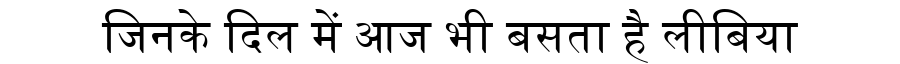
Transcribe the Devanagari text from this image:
जिनके दिल में आज भी बसता है लीबिया